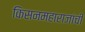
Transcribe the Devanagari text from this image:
किसनमहाराजांची